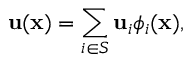
\mathbf { u } ( \mathbf { x } ) = \sum _ { i \in S } \mathbf { u } _ { i } \phi _ { i } ( \mathbf { x } ) ,